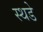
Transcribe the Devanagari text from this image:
स्थडे